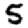
Digit: 5